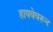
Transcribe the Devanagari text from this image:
हायवेवरून